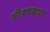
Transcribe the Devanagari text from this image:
गीतचक्रधर